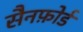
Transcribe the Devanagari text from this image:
सैनफ़ोर्ड